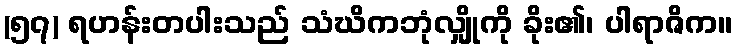
(၅၇) ရဟန်းတပါးသည် သံဃိကဘုံလျှိုကို ခိုး၏၊ ပါရာဇိက။